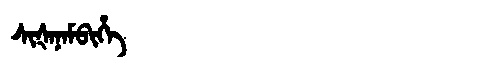
Manchu: ᠰᡳᡧᠠᠨᠠᠮᠪᡳᡥᡝ
Romanization: SIŠANAMBIHE